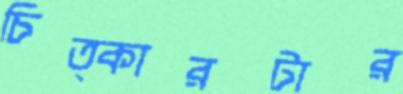
চিত্কারটার